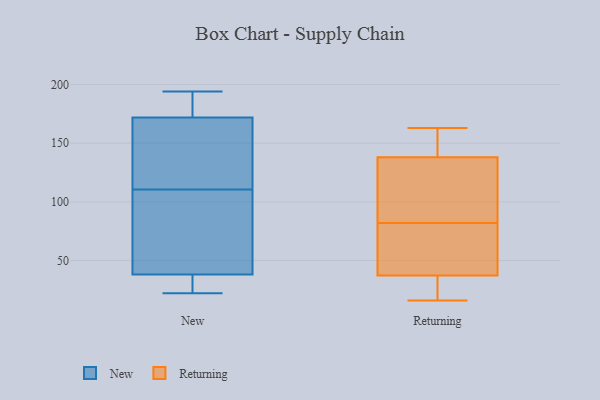
{"axis": {"x": "Page Views", "y": "Value"}, "legend": ["New", "Returning"], "data": [{"x": "", "y": 172, "type": "New"}, {"x": "", "y": 22, "type": "New"}, {"x": "", "y": 162, "type": "New"}, {"x": "", "y": 38, "type": "New"}, {"x": "", "y": 105, "type": "New"}, {"x": "", "y": 36, "type": "New"}, {"x": "", "y": 116, "type": "New"}, {"x": "", "y": 177, "type": "New"}, {"x": "", "y": 194, "type": "New"}, {"x": "", "y": 80, "type": "New"}, {"x": "", "y": 132, "type": "Returning"}, {"x": "", "y": 17, "type": "Returning"}, {"x": "", "y": 82, "type": "Returning"}, {"x": "", "y": 47, "type": "Returning"}, {"x": "", "y": 134, "type": "Returning"}, {"x": "", "y": 41, "type": "Returning"}, {"x": "", "y": 83, "type": "Returning"}, {"x": "", "y": 152, "type": "Returning"}, {"x": "", "y": 163, "type": "Returning"}, {"x": "", "y": 159, "type": "Returning"}, {"x": "", "y": 97, "type": "Returning"}, {"x": "", "y": 26, "type": "Returning"}, {"x": "", "y": 75, "type": "Returning"}, {"x": "", "y": 18, "type": "Returning"}, {"x": "", "y": 150, "type": "Returning"}, {"x": "", "y": 16, "type": "Returning"}, {"x": "", "y": 63, "type": "Returning"}]}